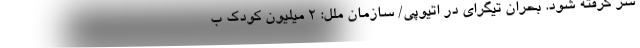
سر گرفته شود. بحران تیگرای در اتیوپی/ سازمان ملل: 2 میلیون کودک ب